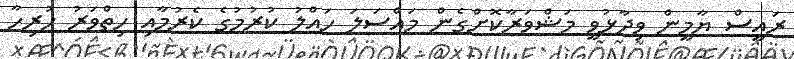
ރައީސް ޔާމީން ވިދާޅުވީ މަޝްވަރާކޮށްގެން މައްސަލަ ހައްލު ކުރުމުގެ ކެރުމާއި ހިތްވަރު ހުރިހާ